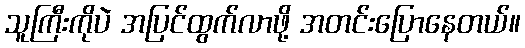
သူကြီးကိုပဲ အပြင်ထွက်လာဖို့ အတင်းပြောနေတယ်။